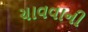
ચાવવાની